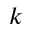
k